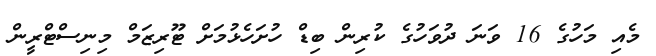
މެއި މަހުގެ 16 ވަނަ ދުވަހުގެ ކުރިން ބިޑް ހުށަހެޅުމަށް ޓޫރިޒަމް މިނިސްޓްރީން